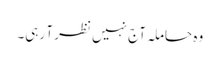
وہ حاملہ آج نہیں نظر آ رہی۔